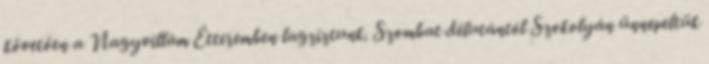
követően a Nagyvillám Étteremben lagziztunk. Szombat délutántól Szokolyán ünnepeltük